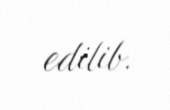
edilib.